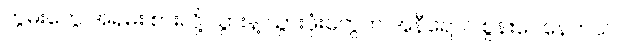
ကွမ်းတွေ အရမ်း စားလို့ သွားနဲ့ သွားဖုံးတွေက အနီရောင် စွန်းပေနေတယ်။